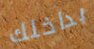
بداخلك